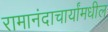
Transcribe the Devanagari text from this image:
रामानंदाचार्यांमधील